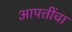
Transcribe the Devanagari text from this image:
आपत्तींचा